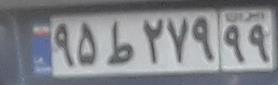
۹۵ط۲۷۹۹۹